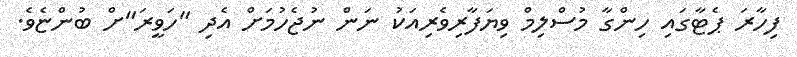
ފިހާރަ ޕެޓާގައި ހިންގާ މުސްލިމް ވިޔަފާރިވެރިއަކު ނަން ނުޖެހުމަށް އެދި "ހަވީރަ"ށް ބުންޏެވެ.